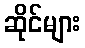
ဆိုင်များ